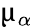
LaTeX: \upmu_{\alpha}